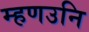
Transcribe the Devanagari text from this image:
म्हणउनि